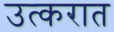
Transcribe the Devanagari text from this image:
उत्करात